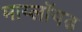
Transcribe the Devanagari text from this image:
माय्लॉयड